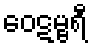
ဝေဋမ္ဗရီ